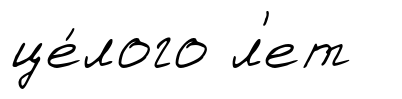
це́лого л'ет